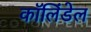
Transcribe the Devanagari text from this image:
कॉलिंडेल